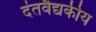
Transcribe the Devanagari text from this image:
दंतवैद्यकीय